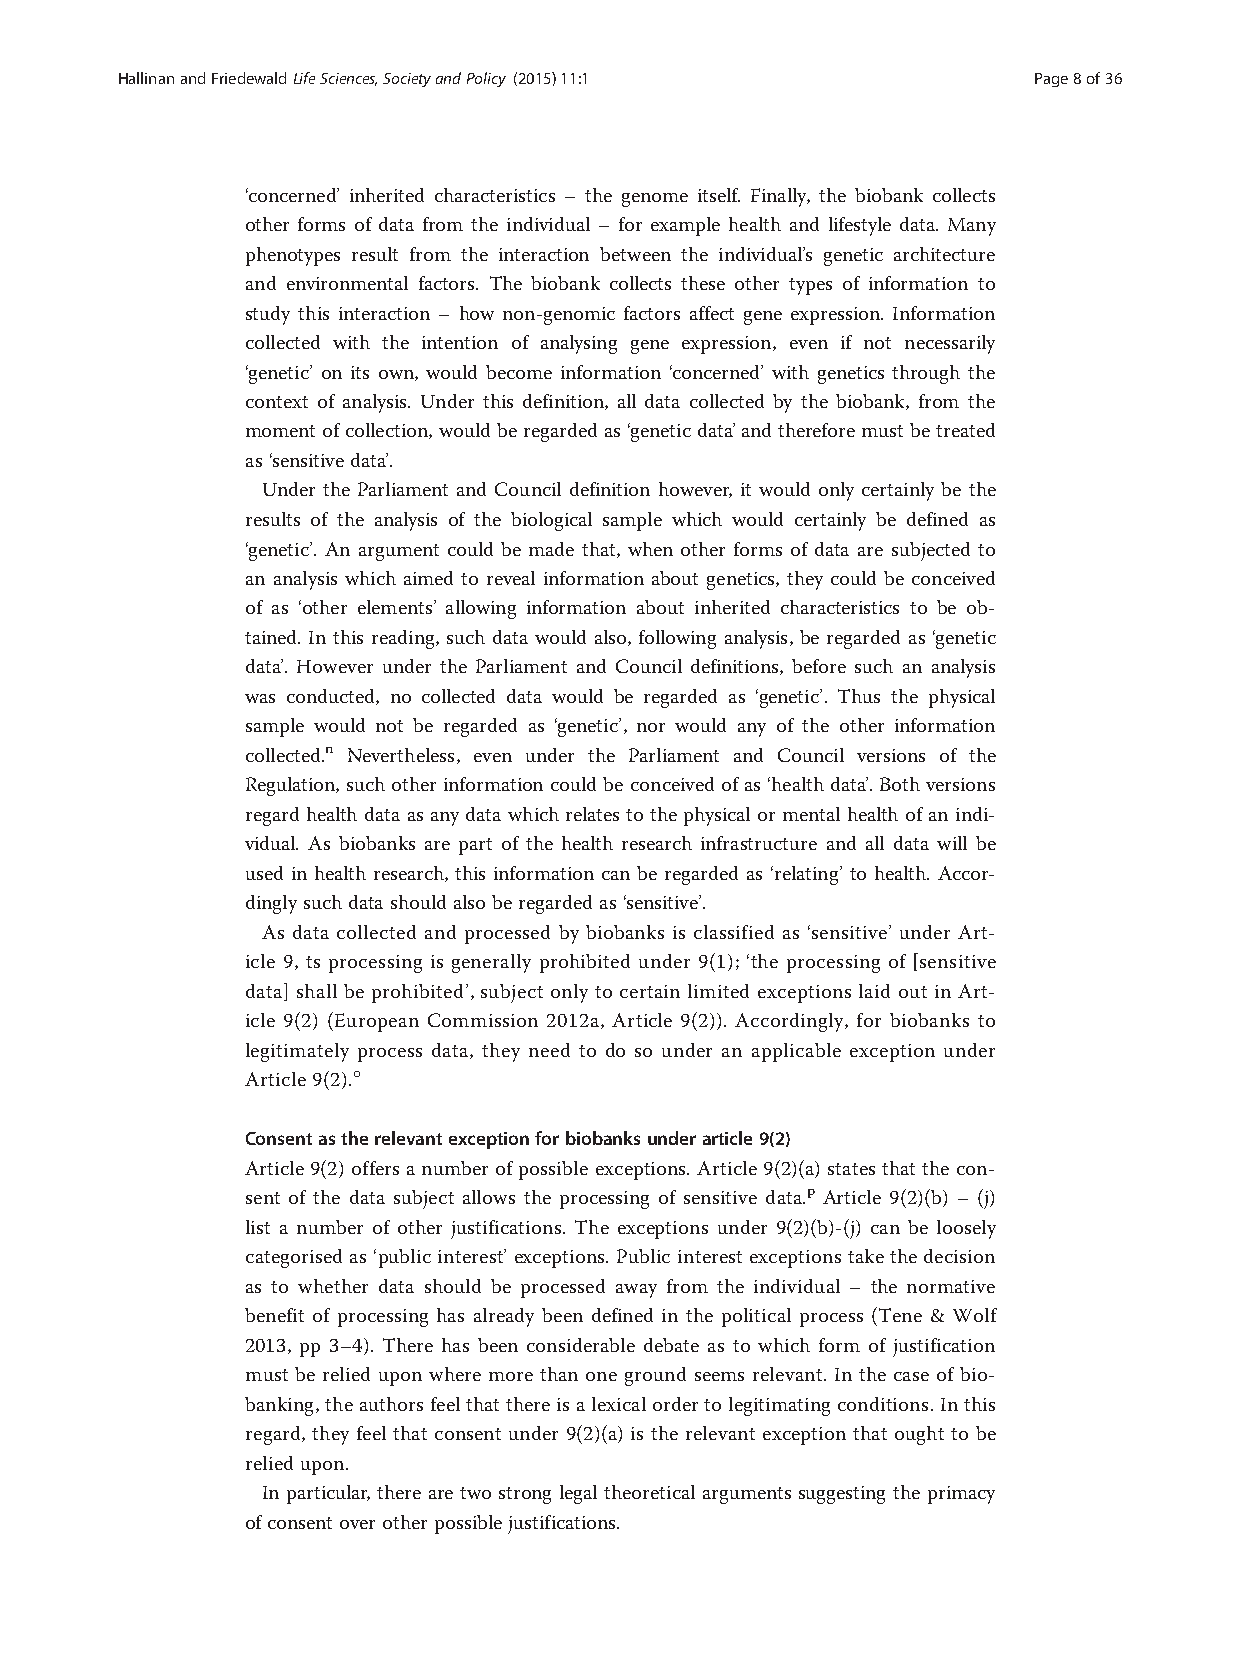
HallinanandFriedewaldLifeSciences,SocietyandPolicy (2015) 11:1 Page8of36
 ‘concerned’ inherited characteristics – the genome itself. Finally, the biobank collects
 other forms of data from the individual – for example health and lifestyle data. Many
 phenotypes result from the interaction between the individual’s genetic architecture
 and environmental factors. The biobank collects these other types of information to
 study this interaction – how non-genomic factors affect gene expression. Information
 collected with the intention of analysing gene expression, even if not necessarily
 ‘genetic’ on its own, would become information ‘concerned’ with genetics through the
 context of analysis. Under this definition, all data collected by the biobank, from the
 momentofcollection,would beregarded as‘geneticdata’andtherefore mustbetreated
 as‘sensitivedata’.
 Under the Parliament and Council definition however, it would only certainly be the
 results of the analysis of the biological sample which would certainly be defined as
 ‘genetic’. An argument could be made that, when other forms of data are subjected to
 an analysis which aimed to reveal information about genetics, they could be conceived
 of as ‘other elements’ allowing information about inherited characteristics to be ob-
 tained. In this reading, such data would also, following analysis, be regarded as ‘genetic
 data’. However under the Parliament and Council definitions, before such an analysis
 was conducted, no collected data would be regarded as ‘genetic’. Thus the physical
 sample would not be regarded as ‘genetic’, nor would any of the other information
 collected.n Nevertheless, even under the Parliament and Council versions of the
 Regulation,such other informationcould be conceived ofas‘health data’.Bothversions
 regard health data as any data which relates to the physical or mental health of an indi-
 vidual. As biobanks are part of the health research infrastructure and all data will be
 used in health research, this information can be regarded as ‘relating’ to health. Accor-
 dinglysuch data shouldalso beregardedas‘sensitive’.
 As data collected and processed by biobanks is classified as ‘sensitive’ under Art-
 icle 9, ts processing is generally prohibited under 9(1); ‘the processing of [sensitive
 data] shall be prohibited’, subject only to certain limited exceptions laid out in Art-
 icle 9(2) (European Commission 2012a, Article 9(2)). Accordingly, for biobanks to
 legitimately process data, they need to do so under an applicable exception under
 Article9(2).o
 Consentastherelevantexceptionforbiobanksunderarticle9(2)
 Article9(2)offers anumberofpossibleexceptions.Article9(2)(a)states that the con-
 sent of the data subject allows the processing of sensitive data.p Article 9(2)(b) – (j)
 list a number of other justifications. The exceptions under 9(2)(b)-(j) can be loosely
 categorised as ‘public interest’ exceptions. Public interest exceptions take the decision
 as to whether data should be processed away from the individual – the normative
 benefit of processing has already been defined in the political process (Tene & Wolf
 2013, pp 3–4). There has been considerable debate as to which form of justification
 must be relied upon where more than one ground seems relevant. In the case of bio-
 banking,theauthorsfeelthatthereisalexicalordertolegitimatingconditions.Inthis
 regard, they feel that consent under 9(2)(a) is the relevant exception that ought to be
 reliedupon.
 In particular, there are two strong legal theoretical arguments suggesting the primacy
 ofconsent overotherpossible justifications.